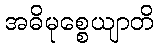
အဓိမုစ္စေယျာတိ